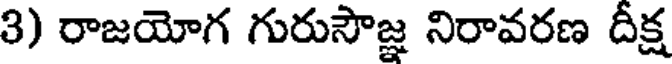
3) రాజయోగ గురుసౌజ్ఞ నిరావరణ దీక్ష